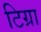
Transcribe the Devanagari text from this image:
टिग्रा